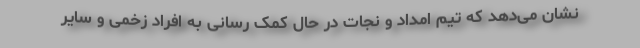
نشان می‌دهد که تیم امداد و نجات در حال کمک رسانی به افراد زخمی و سایر